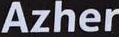
Azher